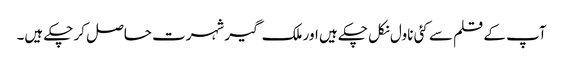
آپ کے قلم سے کئی ناول نکل چکے ہیں اور ملک گیر شہرت حاصل کر چکے ہیں۔